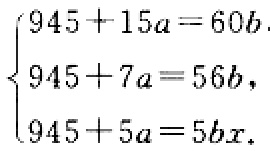
\(\begin{cases}945 + 15a = 60b\\945 + 7a = 56b\\945 + 5a = 5bx\end{cases}\)